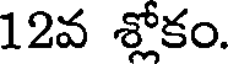
12వ శ్లోకం.